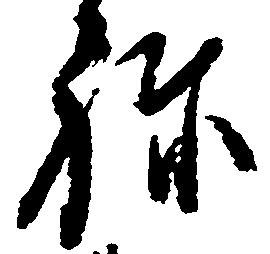
ね